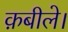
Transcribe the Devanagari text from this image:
क़बीले।